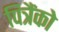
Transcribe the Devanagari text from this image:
पित्रैंको